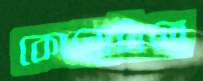
কোনোটাতে